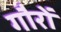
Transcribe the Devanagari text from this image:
गौरों